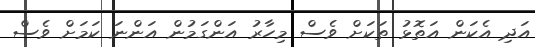
އަދި އެކަން އަތޮޅު ތަކަށް ވެސް މިހާރު އަންގަމުން އަންނަ ކަމަށް ވެސް